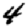
Digit: 4